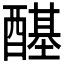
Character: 𲆺